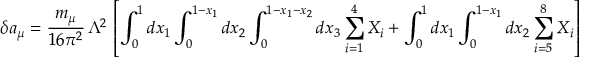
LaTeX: \delta a _ { \mu } = \frac { m _ { \mu } } { 1 6 \pi ^ { 2 } } \, \Lambda ^ { 2 } \, \left[ \displaystyle \int _ { 0 } ^ { 1 } d x _ { 1 } \displaystyle \int _ { 0 } ^ { 1 - x _ { 1 } } d x _ { 2 } \displaystyle \int _ { 0 } ^ { 1 - x _ { 1 } - x _ { 2 } } d x _ { 3 } \sum _ { i = 1 } ^ { 4 } X _ { i } + \displaystyle \int _ { 0 } ^ { 1 } d x _ { 1 } \displaystyle \int _ { 0 } ^ { 1 - x _ { 1 } } d x _ { 2 } \sum _ { i = 5 } ^ { 8 } X _ { i } \right] \nonumber